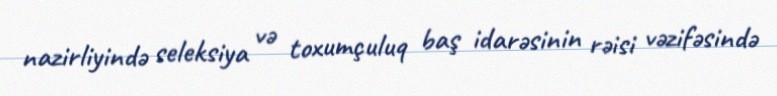
nazirliyində seleksiya və toxumçuluq baş idarəsinin rəisi vəzifəsində